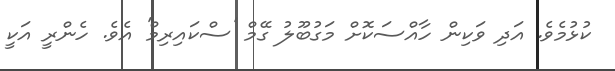
ކުޅުމެވެ. އަދި ވަކިން ހާއްސަކޮށް މަގުބޫލު ގޭމް 'ސްކައިރިމް' އެވެ. ހެންރީ އަކީ